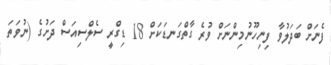
ފެނަށް ބަދަލުވާ ފިނިހޫނުމިންނަށް ވުރެ ގާތްގަނޑަކަށް 18 ޑިގްރީ ސެލްސިއަސް ދަށުގެ (ނުވަތަ